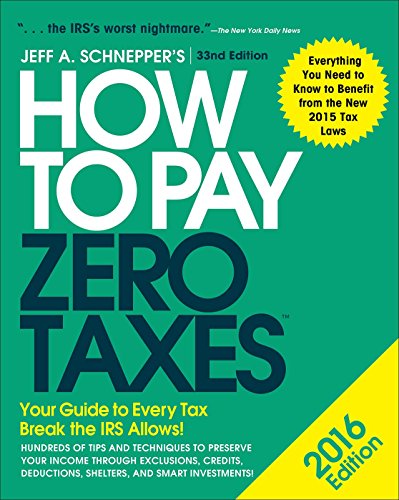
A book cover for How to Pay Zero Taxes 2016: Your Guide to Every Tax Break the IRS Allows; Jeff Schnepper; Business & Money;